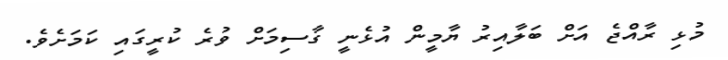
މުޅި ރާއްޖެ އަށް ބަލާއިރު ޔާމީން އުޅެނީ ގާސިމަށް ވުރެ ކުރީގައި ކަމަށެވެ.